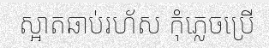
ស្អាតឆាប់រហ័ស កុំភ្លេចប្រើ